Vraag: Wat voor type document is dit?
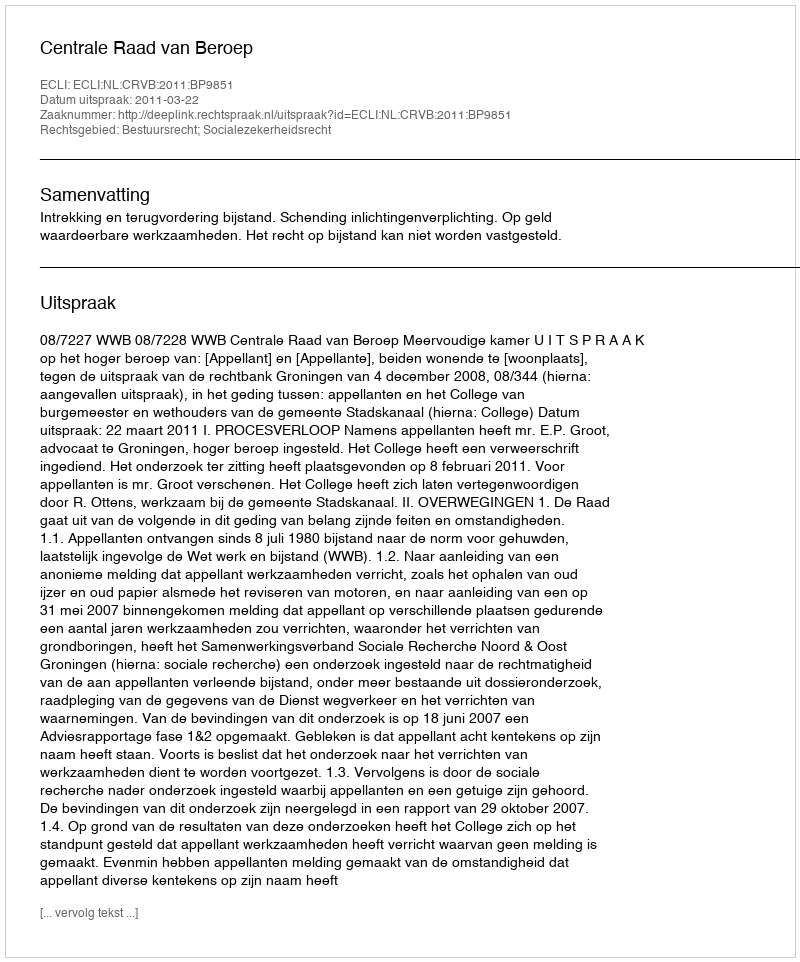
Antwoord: Uitspraak